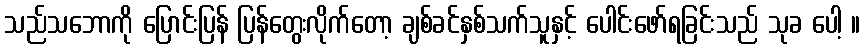
သည်သဘောကို ပြောင်းပြန် ပြန်တွေးလိုက်တော့ ချစ်ခင်နှစ်သက်သူနှင့် ပေါင်းဖော်ရခြင်းသည် သုခ ပေါ့ ။